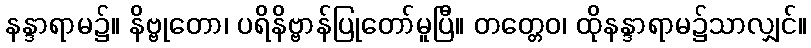
နန္ဒာရာမ၌။ နိဗ္ဗုတော၊ ပရိနိဗ္ဗာန်ပြုတော်မူပြီ။ တတ္တေဝ၊ ထိုနန္ဒာရာမ၌သာလျှင်။